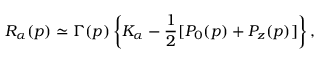
R _ { \alpha } ( p ) \simeq \Gamma ( p ) \left\{ K _ { \alpha } - \frac { 1 } { 2 } [ P _ { 0 } ( p ) + P _ { z } ( p ) ] \right\} ,